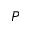
P